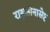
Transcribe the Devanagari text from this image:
राइलोनासेप्ट